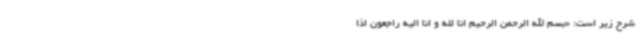
شرح زیر است: «بسم الله الرحمن الرحیم انا لله و انا الیه راجعون اذا